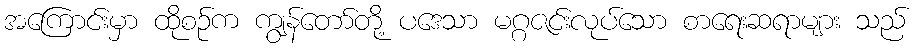
အကြောင်းမှာ ထိုစဉ်က ကျွန်တော်တို့ ပဒေသာ မဂ္ဂဇင်းလုပ်သော စာရေးဆရာများ သည်